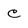
Character: C